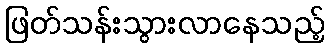
ဖြတ်သန်းသွားလာနေသည့်